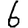
Digit: 6